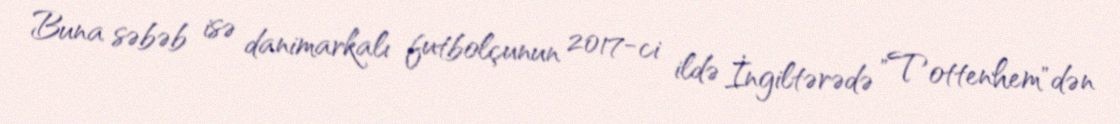
Buna səbəb isə danimarkalı futbolçunun 2017-ci ildə İngiltərədə "Tottenhem"dən